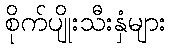
စိုက်ပျိုးသီးနှံများ